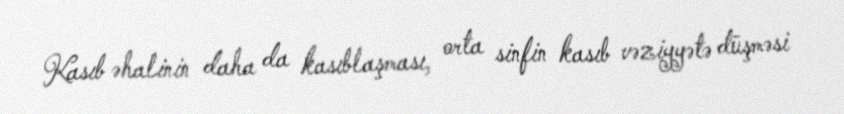
Kasıb əhalinin daha da kasıblaşması, orta sinfin kasıb vəziyyətə düşməsi